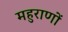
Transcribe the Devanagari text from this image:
महुराणों